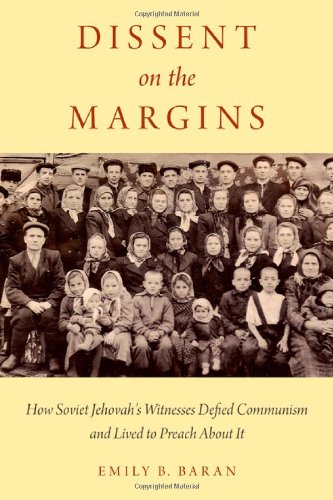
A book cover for Dissent on the Margins: How Soviet Jehovah's Witnesses Defied Communism and Lived to Preach About It; Emily B. Baran; Christian Books & Bibles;